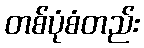
တစ်ပုံစံတည်း